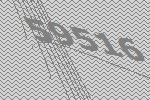
59516